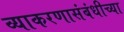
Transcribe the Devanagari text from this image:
व्याकरणासंबंधीच्या